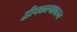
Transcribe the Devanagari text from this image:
द्वीपकल्पावरुन